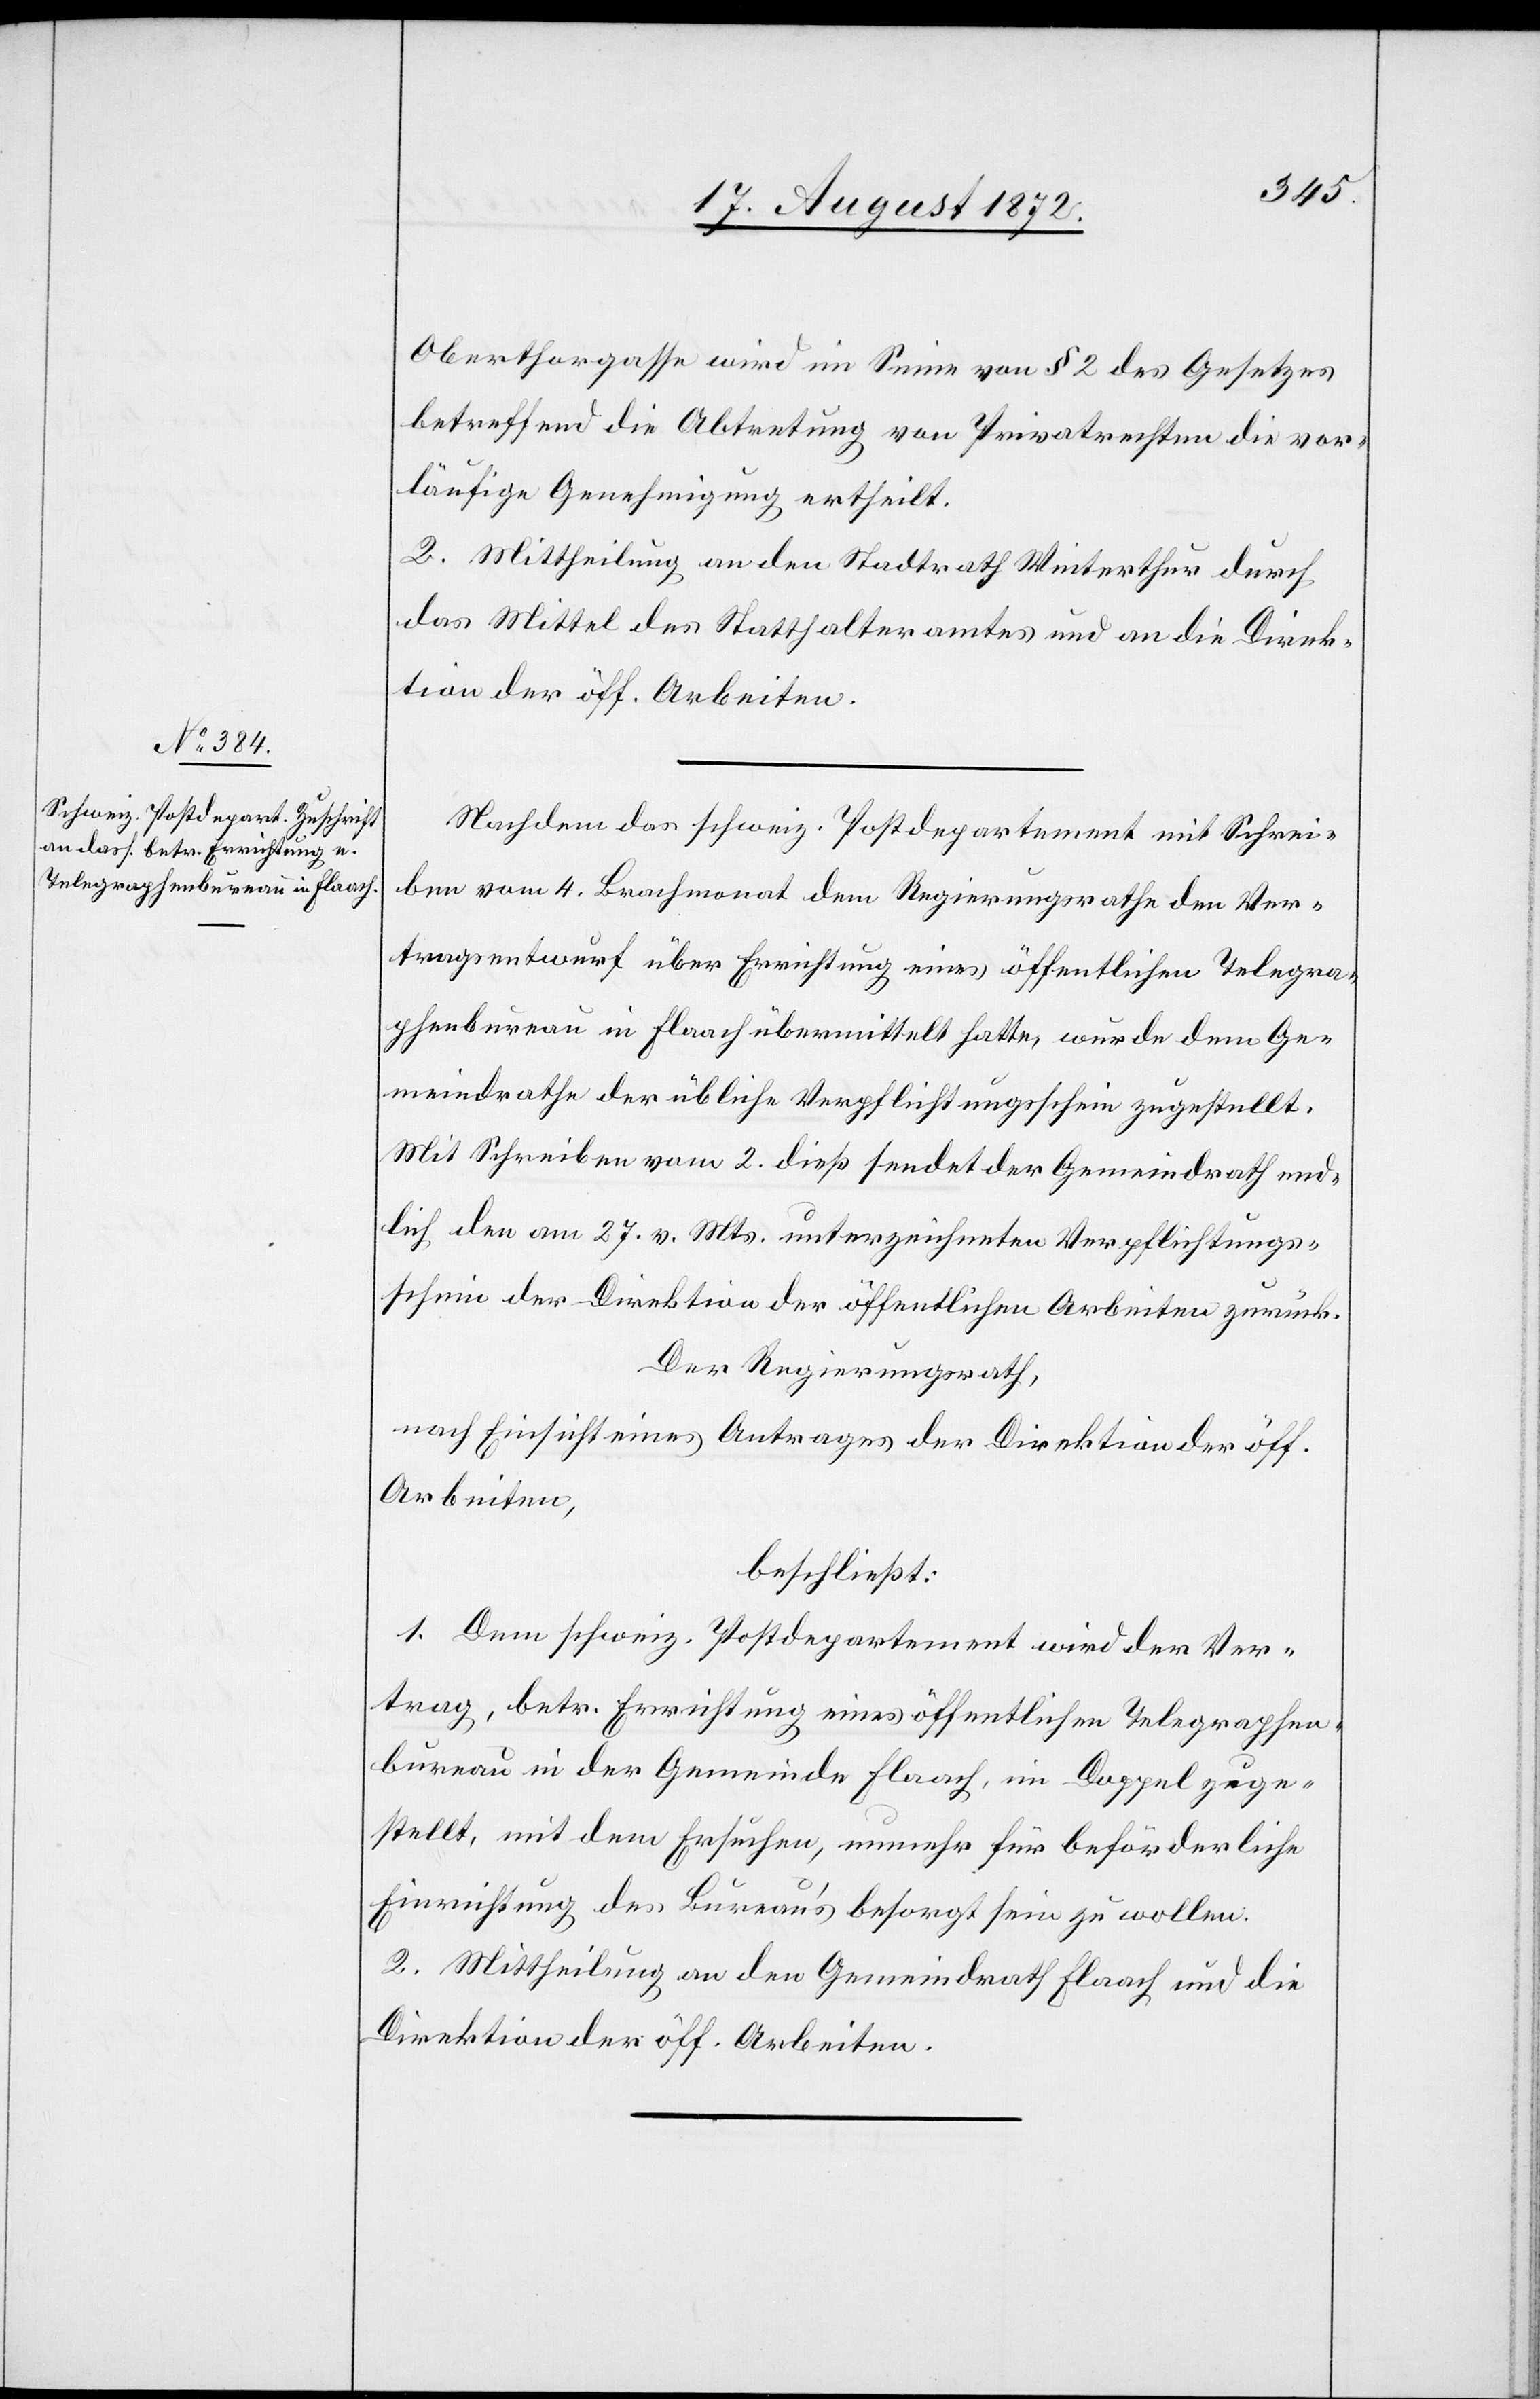
Oberthorgasse wird im Sinne von § 2 des Gesetzes
betreffend die Abtretung von Privatrechten die vor¬
läufige Genehmigung ertheilt.
2. Mittheilung an den Stadtrath Winterthur durch
das Mittel des Statthalteramtes und an die Direk¬
tion der öff. Arbeiten.
Nachdem das schweiz. Postdepartement mit Schrei¬
ben vom 4. Brachmonat dem Regierungsrathe den Ver¬
tragsentwurf über Errichtung eines öffentlichen Telegra¬
phenbureau in Flaach übermittelt hatte, wurde dem Ge¬
meindrathe der übliche Verpflichtungsschein zugestellt.
Mit Schreiben vom 2. dieß sendet der Gemeindrath end¬
lich den am 27. v. Mts. unterzeichneten Verpflichtungs¬
schein der Direktion der öffentlichen Arbeiten zurück.
Der Regierungsrath,
nach Einsicht eines Antrages der Direktion der öff.
Arbeiten,
beschließt:
1. Dem schweiz. Postdepartement wird der Ver¬
trag, betr. Errichtung eines öffentlichen Telegraphen¬
bureau in der Gemeinde Flaach, im Doppel zuge¬
stellt, mit dem Ersuchen, nunmehr für beförderliche
Einrichtung des Bureau’s besorgt sein zu wollen.
2. Mittheilung an den Gemeindrath Flaach und die
Direktion der öff. Arbeiten.